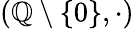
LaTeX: \left(\mathbb{Q}\setminus\left\{ 0\right\} ,\cdot\right)